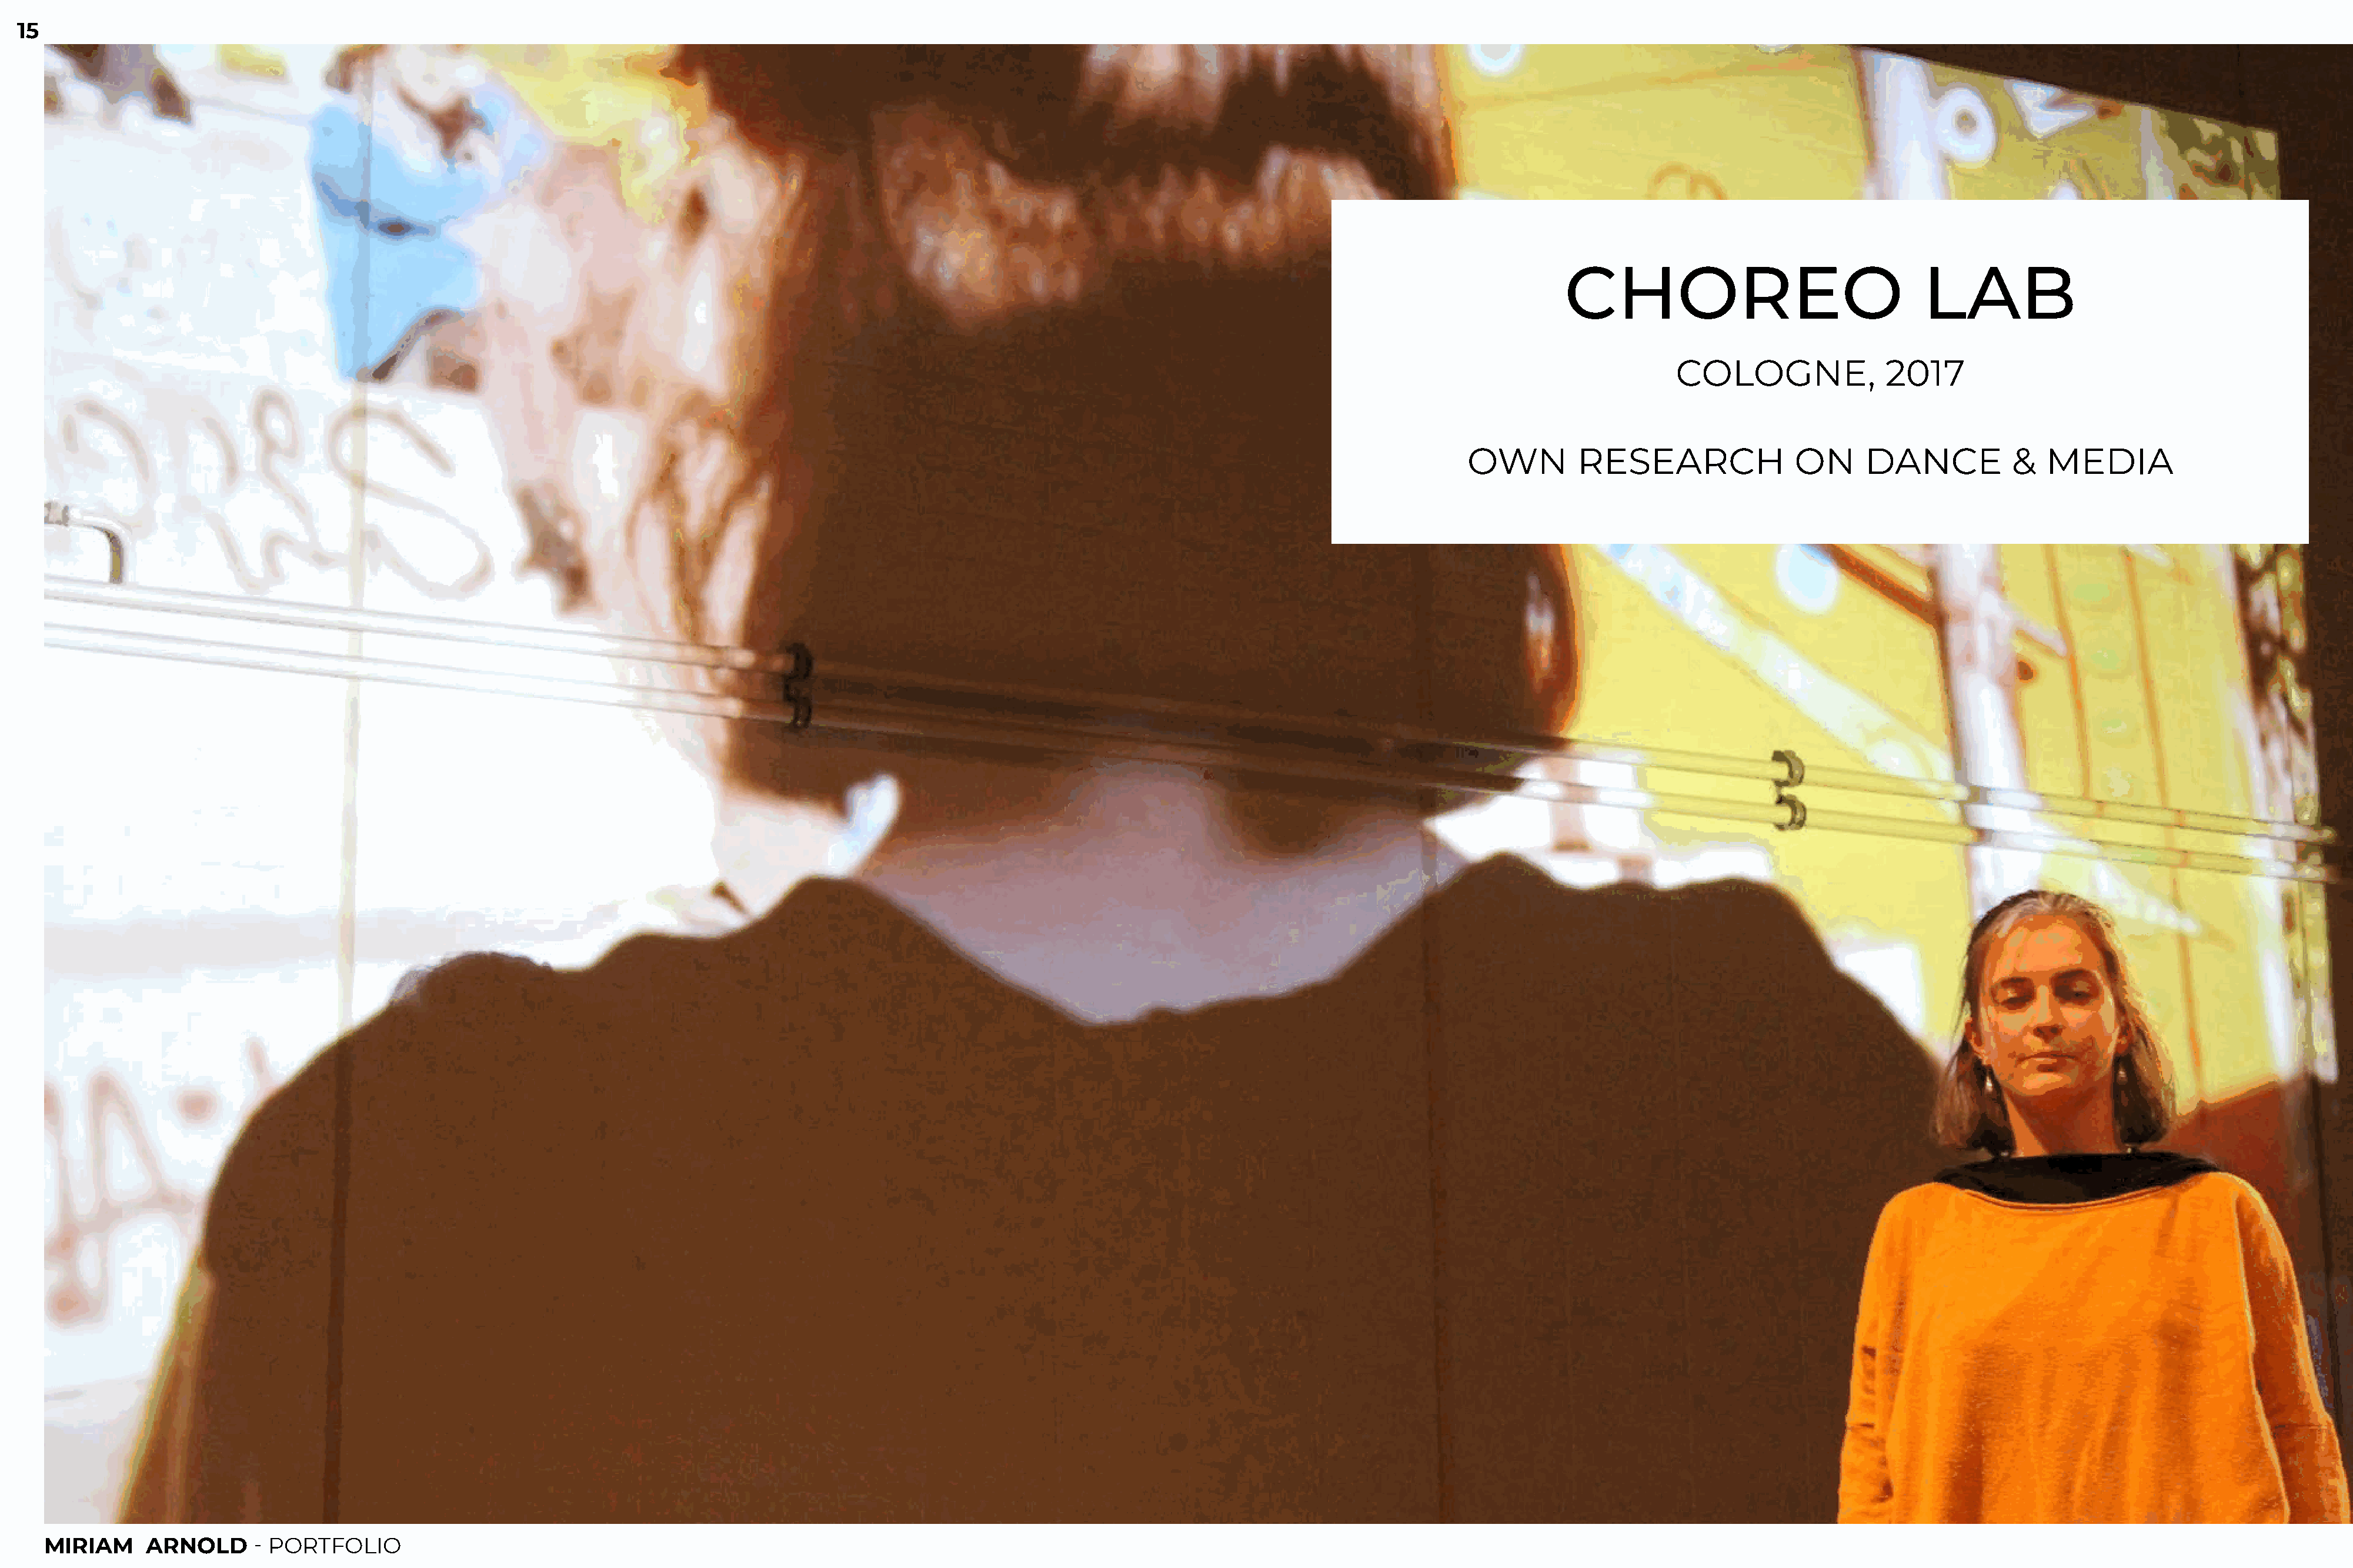
15
 CHOREO                                  LAB
 COLOGNE,               2017
 OWN          RESEARCH                ON      DANCE           &   MEDIA
 MIRIAM     ARNOLD       - PORTFOLIO